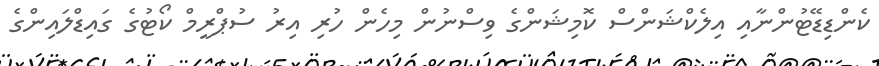
ކެންޑިޑޭޓުންނާއި އިލެކްޝަންސް ކޮމިޝަންގެ ވިސްނުން މިހެން ހުރި އިރު ސުޕްރީމް ކޯޓުގެ ގައިޑްލައިންގެ